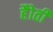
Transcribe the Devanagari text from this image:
हैोती